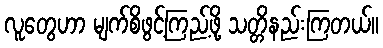
လူတွေဟာ မျက်စိဖွင့်ကြည့်ဖို့ သတ္တိနည်းကြတယ်။